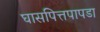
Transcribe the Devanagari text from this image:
घासपित्तपापडा